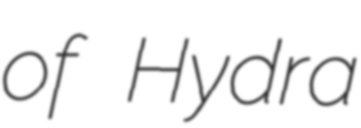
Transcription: of Hydra